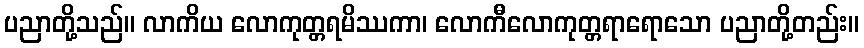
ပညာတို့သည်။ လာကိယ လောကုတ္တရမိဿကာ၊ လောကီလောကုတ္တရာရောသော ပညာတို့တည်း။